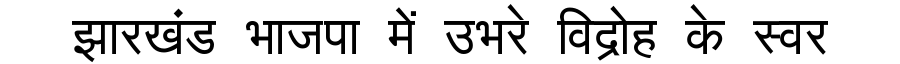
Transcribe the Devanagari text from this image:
झारखंड भाजपा में उभरे विद्रोह के स्वर